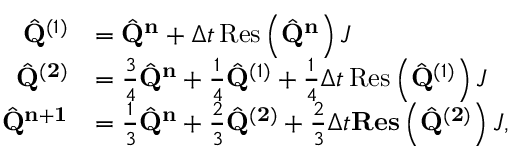
\begin{array} { r l } { \hat { \mathbf { Q } } ^ { ( 1 ) } } & { = \hat { \mathbf { Q } } ^ { \mathbf { n } } + \Delta t \operatorname { R e s } \left( \hat { \mathbf { Q } } ^ { \mathbf { n } } \right) J } \\ { \hat { \mathbf { Q } } ^ { ( \mathbf { 2 } ) } } & { = \frac { 3 } { 4 } \hat { \mathbf { Q } } ^ { \mathbf { n } } + \frac { 1 } { 4 } \hat { \mathbf { Q } } ^ { ( 1 ) } + \frac { 1 } { 4 } \Delta t \operatorname { R e s } \left( \hat { \mathbf { Q } } ^ { ( 1 ) } \right) J } \\ { \hat { \mathbf { Q } } ^ { \mathbf { n } + \mathbf { 1 } } } & { = \frac { 1 } { 3 } \hat { \mathbf { Q } } ^ { \mathbf { n } } + \frac { 2 } { 3 } \hat { \mathbf { Q } } ^ { ( \mathbf { 2 } ) } + \frac { 2 } { 3 } \Delta t \mathbf { R e s } \left( \hat { \mathbf { Q } } ^ { ( \mathbf { 2 } ) } \right) J , } \end{array}